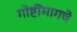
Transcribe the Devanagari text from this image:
गोष्टींमागचे